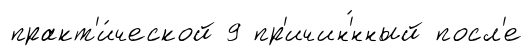
практ'и́ческой 9 пр'ичин'́нный посл'е